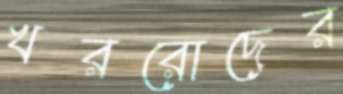
খররোদের